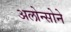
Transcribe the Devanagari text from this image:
अलोन्सोने